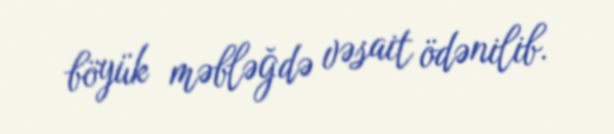
böyük məbləğdə vəsait ödənilib.